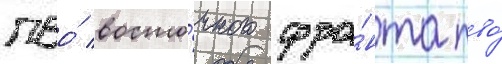
пво́ восто́чного фро́нта пво́